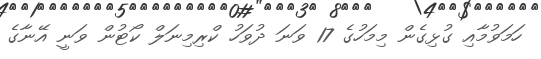
ހަމަވުމާއި ގުޅިގެން މިމަހުގެ 17 ވަނަ ދުވަހު ކްރިމިނަލް ކޯޓުން ވަނީ އޭނާގެ